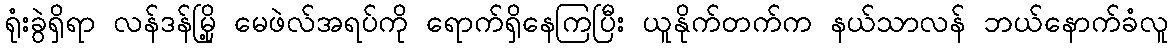
ရုံးခွဲရှိရာ လန်ဒန်မြို့ မေဖဲလ်အရပ်ကို ရောက်ရှိနေကြပြီး ယူနိုက်တက်က နယ်သာလန် ဘယ်နောက်ခံလူ